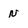
Character: n